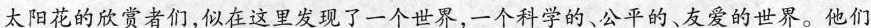
太阳花的欣赏者们，似在这里发现了一个世界，一个科学的、公平的、友爱的世界。他们